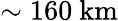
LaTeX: \sim 160~\mathrm{km}